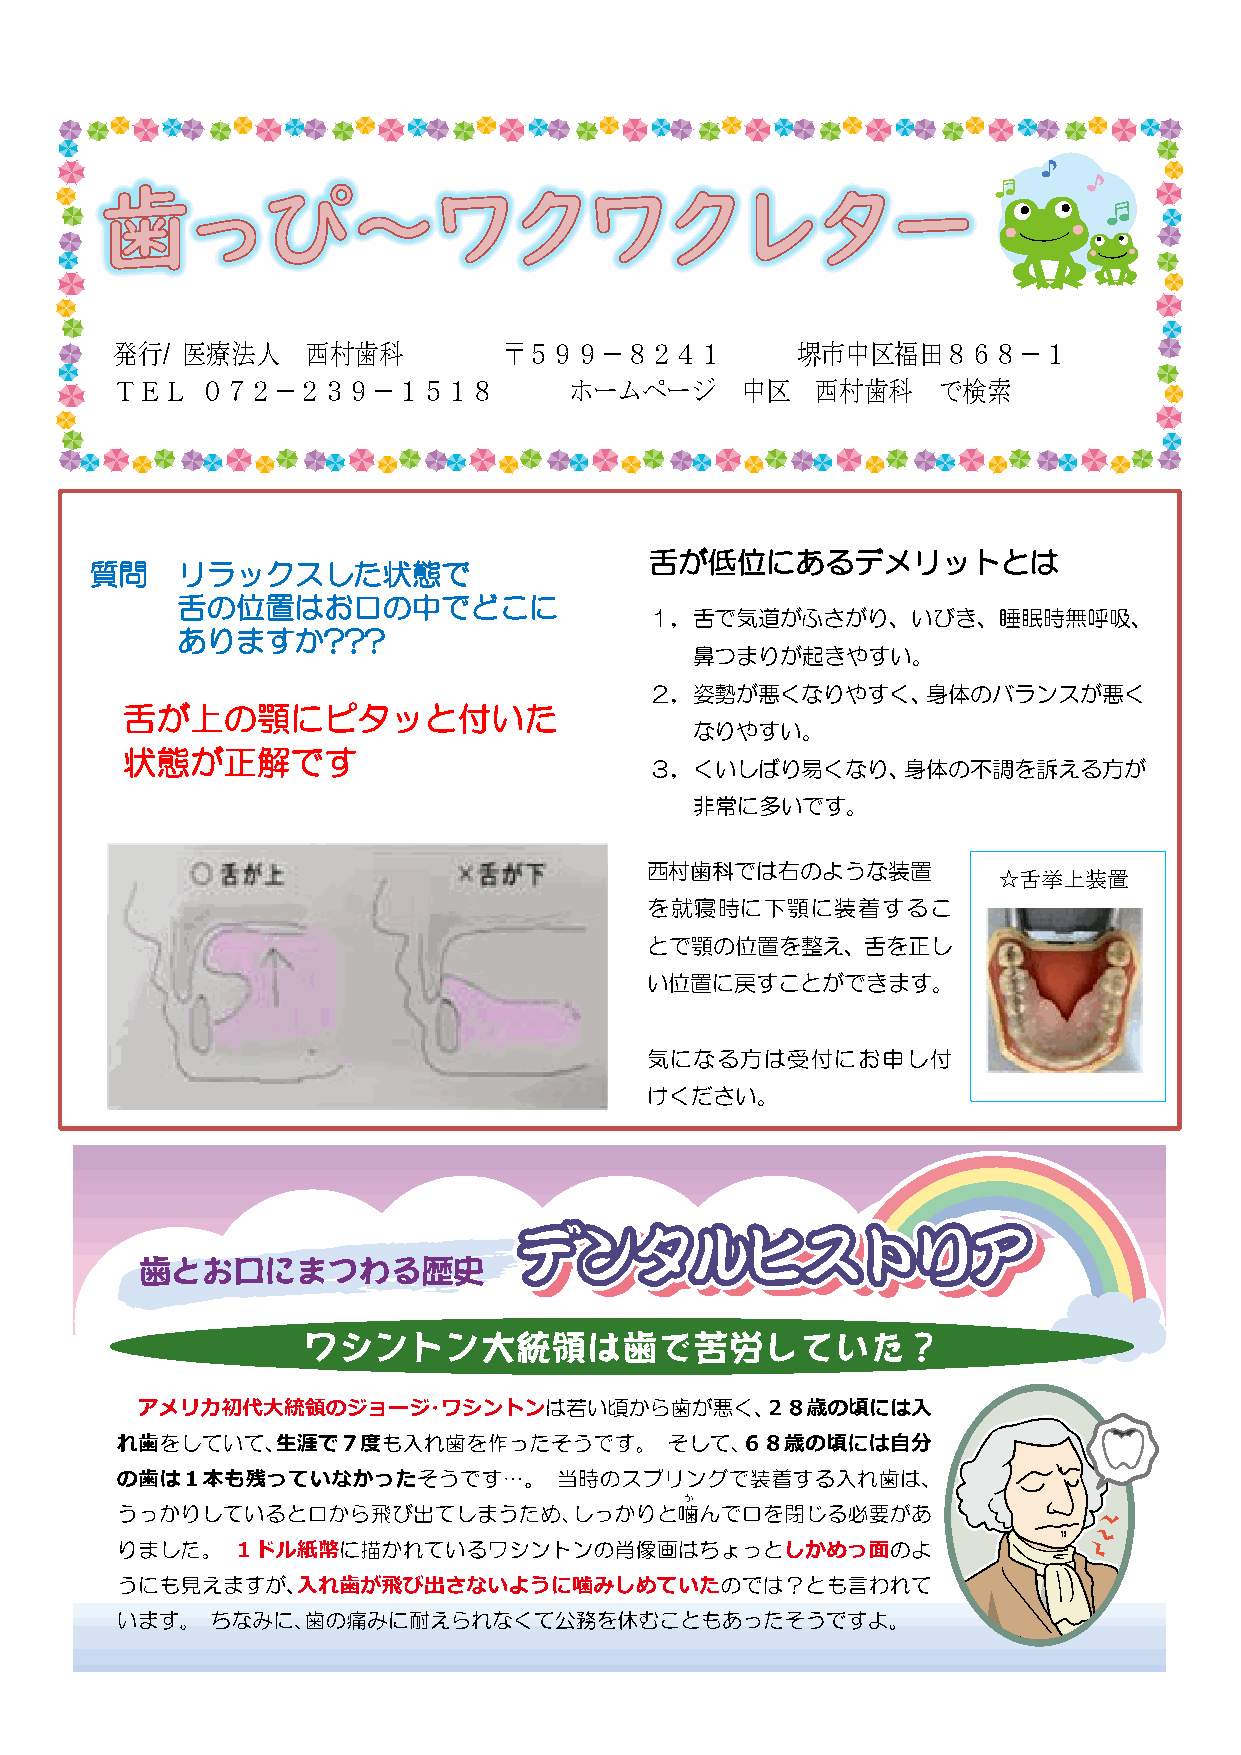
発行/  医療法人    西村歯科         〒５９９－８２４１           堺市中区福田８６８－１
 ＴＥＬ   ０７２－２３９－１５１８             ホームページ     中区   西村歯科    で検索
 舌が低位にあるデメリットとは
 質問    リラックスした状態で
 舌の位置はお口の中でどこに
 １，舌で気道がふさがり、いびき、睡眠時無呼吸、
 ありますか???
 鼻つまりが起きやすい。
 ２，姿勢が悪くなりやすく、身体のバランスが悪く
 舌が上の顎にピタッと付いた
 なりやすい。
 状態が正解です
 ３，くいしばり易くなり、身体の不調を訴える方が
 非常に多いです。
 西村歯科では右のような装置
 ☆舌挙上装置
 を就寝時に下顎に装着するこ
 とで顎の位置を整え、舌を正し
 い位置に戻すことができます。
 気になる方は受付にお申し付
 けください。